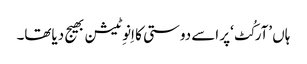
ہاں ’آرکُٹ‘پر اسے دوستی کا اِنوِٹیشن بھیج دیاتھا۔